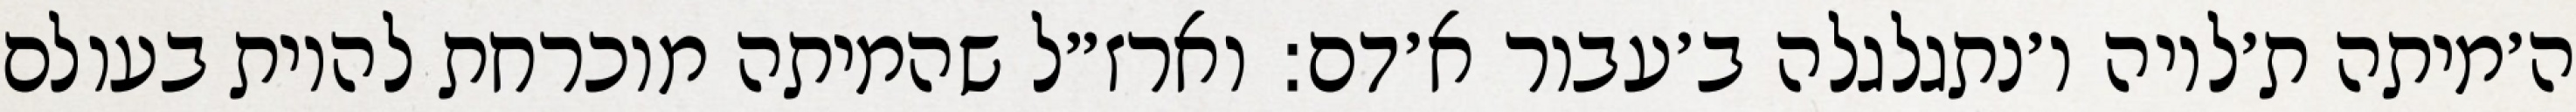
ה׳מיתה ת׳לויה ו׳נתגלגלה ב׳עבור א׳דם: וארז״ל שהמיתה מוכרחת להיות בעולם